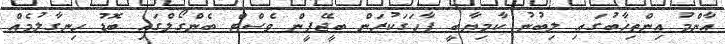
އާންމު އިންތިޚާބުގައި ލިބުނު ކާމިޔާބީ ފާހަގަކުރަން ބީޖޭޕީން ވެސްޓް ބެންގޯލްގައި ބޮޑު ހިނގާލުމެއް